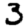
Digit: 3